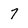
Character: 7